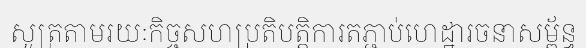
សូត្រតាមរយៈកិច្ចសហប្រតិបត្តិការតភ្ជាប់ហេដ្ឋារចនាសម្ព័ន្ធ